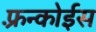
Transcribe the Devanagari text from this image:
फ़्रन्कोईस